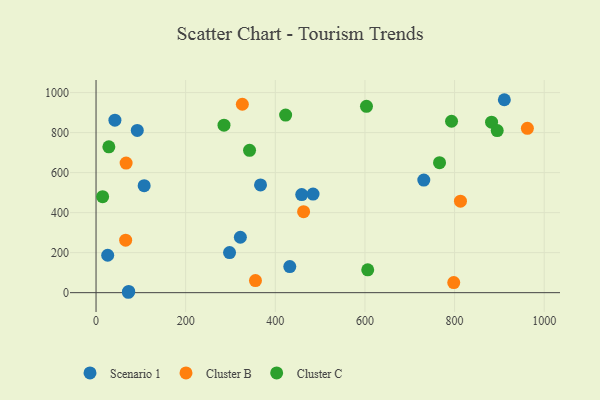
{"axis": {"x": "Ad Spend", "y": "Fuel Efficiency"}, "legend": ["Cluster B", "Cluster C", "Scenario 1"], "data": [{"x": "911.0", "y": 964.4, "type": "Scenario 1"}, {"x": "484.2", "y": 492.6, "type": "Scenario 1"}, {"x": "72.9", "y": 6.1, "type": "Scenario 1"}, {"x": "92.0", "y": 810.9, "type": "Scenario 1"}, {"x": "26.0", "y": 187.0, "type": "Scenario 1"}, {"x": "42.1", "y": 862.2, "type": "Scenario 1"}, {"x": "432.3", "y": 130.4, "type": "Scenario 1"}, {"x": "731.3", "y": 563.0, "type": "Scenario 1"}, {"x": "367.0", "y": 538.4, "type": "Scenario 1"}, {"x": "322.0", "y": 277.0, "type": "Scenario 1"}, {"x": "458.9", "y": 490.5, "type": "Scenario 1"}, {"x": "297.9", "y": 200.3, "type": "Scenario 1"}, {"x": "72.1", "y": 1.9, "type": "Scenario 1"}, {"x": "107.4", "y": 535.0, "type": "Scenario 1"}, {"x": "355.7", "y": 60.4, "type": "Cluster B"}, {"x": "67.1", "y": 647.6, "type": "Cluster B"}, {"x": "962.4", "y": 821.2, "type": "Cluster B"}, {"x": "66.1", "y": 262.3, "type": "Cluster B"}, {"x": "326.4", "y": 941.8, "type": "Cluster B"}, {"x": "813.1", "y": 457.3, "type": "Cluster B"}, {"x": "463.1", "y": 404.9, "type": "Cluster B"}, {"x": "798.1", "y": 50.3, "type": "Cluster B"}, {"x": "14.7", "y": 479.8, "type": "Cluster C"}, {"x": "28.6", "y": 729.2, "type": "Cluster C"}, {"x": "342.5", "y": 711.3, "type": "Cluster C"}, {"x": "793.2", "y": 856.7, "type": "Cluster C"}, {"x": "603.4", "y": 931.3, "type": "Cluster C"}, {"x": "882.5", "y": 852.1, "type": "Cluster C"}, {"x": "285.5", "y": 837.4, "type": "Cluster C"}, {"x": "423.0", "y": 887.8, "type": "Cluster C"}, {"x": "766.4", "y": 649.9, "type": "Cluster C"}, {"x": "895.1", "y": 810.2, "type": "Cluster C"}, {"x": "606.2", "y": 114.2, "type": "Cluster C"}]}